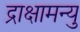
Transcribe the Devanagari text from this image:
द्राक्षामन्यु